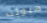
هيويت